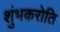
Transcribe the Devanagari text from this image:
शुंभकरोति